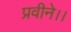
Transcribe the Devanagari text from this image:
प्रवीने।।